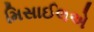
મિસાઈલએ